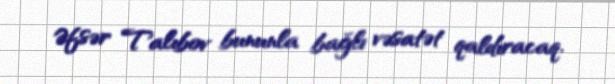
Əfsər Talıbov bununla bağlı vəsatət qaldıracaq.